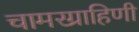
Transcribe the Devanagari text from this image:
चामरग्राहिणी